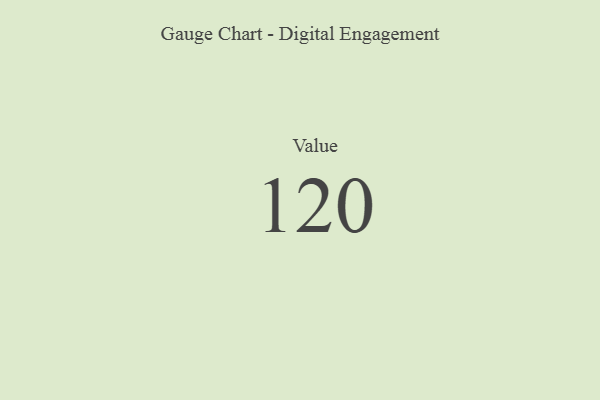
{"axis": {"x": "Metric", "y": "Value"}, "legend": [""], "data": [{"x": "Value", "y": 120, "type": ""}]}